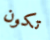
تكون